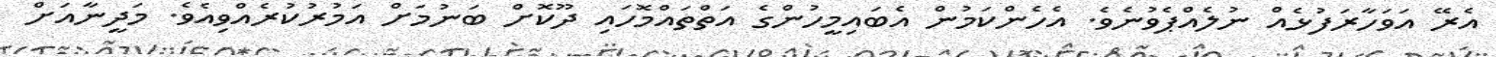
އެރޭ އަވަހާރަފުޅެއް ނުލެއްޕެވުނެވެ. އެހެންކަމުން އެބައިމީހުންގެ އަތްތައްމޮހައި ދޫކޮށް ބަނުމަށް އަމުރުކުރެއްވިއެވެ. މަދީނާއަށް